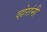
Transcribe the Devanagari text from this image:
व्होरांनी